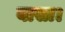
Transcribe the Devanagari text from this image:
बासा।